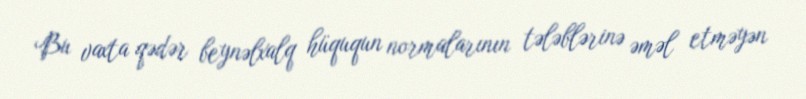
Bu vaxta qədər beynəlxalq hüququn normalarının tələblərinə əməl etməyən